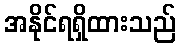
အနိုင်ရရှိထားသည်